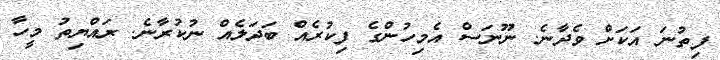
ފިތުނަ އަކަށް ވެދާނެ. ނޫނަސް އެމިހުންގެ ފިކުރެއް ބަދަލެއް ނުކުރާނެ. ރައްޔިތު މީހާ